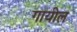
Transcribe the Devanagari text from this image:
गायील